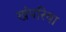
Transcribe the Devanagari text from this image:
खंपरिया